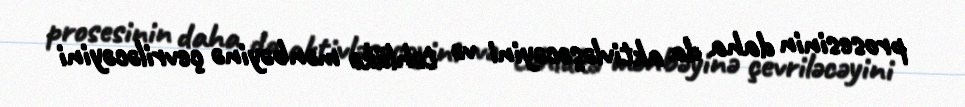
prosesinin daha da aktivləşəcəyini və təhlükə mənbəyinə çevriləcəyini